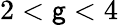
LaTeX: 2<\mathsf{g}<4